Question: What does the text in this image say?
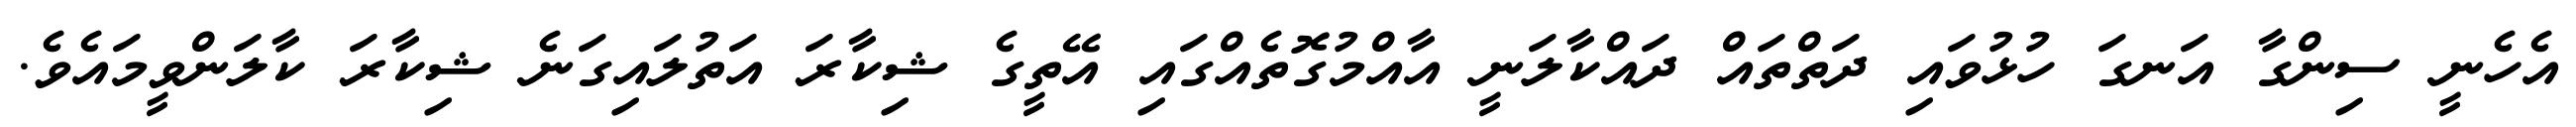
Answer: އެހެނީ ސިންގާ އަނގަ ހުޅުވައި ދަތްތައް ދައްކާލަނީ އާއްމުގޮތެއްގައި އޭތީގެ ޝިކާރަ އަތުލައިގަނެ ޝިކާރަ ކާލަންވީމައެވެ.